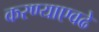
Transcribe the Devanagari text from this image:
करण्याएवढे